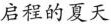
启程的夏天